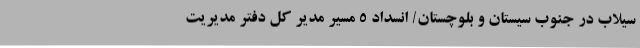
سیلاب در جنوب سیستان و بلوچستان/ انسداد 5 مسیر مدیر کل دفتر مدیریت